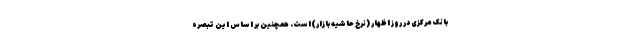
بانک مرکزی در روز اظهار (نرخ حاشیه بازار)است. همچنین بر اساس این تبصره